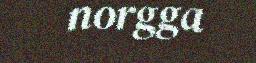
norgga